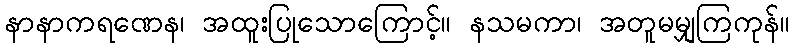
နာနာကရဏေန၊ အထူးပြုသောကြောင့်။ နသမကာ၊ အတူမမျှကြကုန်။